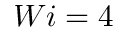
W i = 4